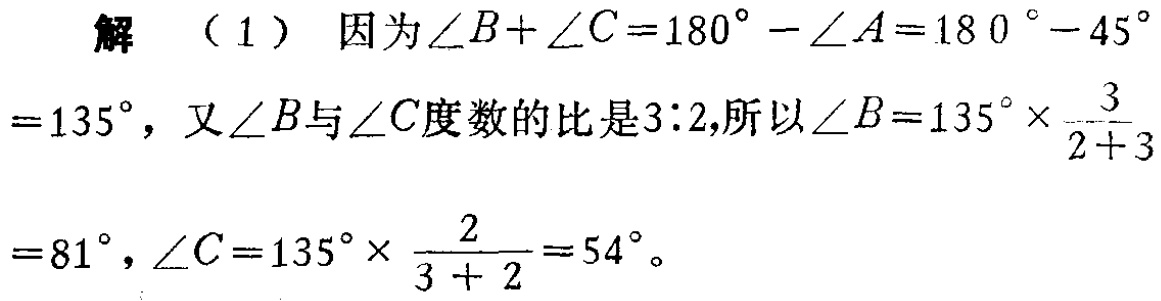
解 （1）因为\(\angle B + \angle C = 180^{\circ}-\angle A = 180^{\circ}-45^{\circ}=135^{\circ}\)，又\(\angle B\)与\(\angle C\)度数的比是\(3:2\)，所以\(\angle B = 135^{\circ}\times\frac{3}{2 + 3}=81^{\circ}\)，\(\angle C = 135^{\circ}\times\frac{2}{3 + 2}=54^{\circ}\)。